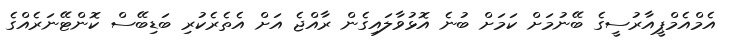
އެމްއެމްޕީއާރުސީގެ ބޭނުމަށް ކަަމަށް ބުނެ އޮޅުވާލައިގެން ރާއްޖެ އަށް އެތެރެކުރި ބަޑިބޭސް ކޮންޓޭނަރެއްގެ